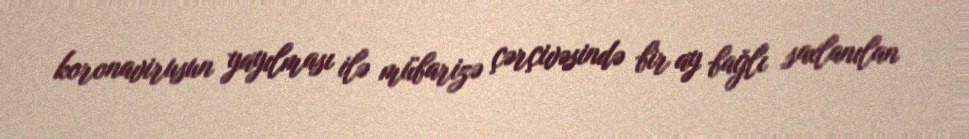
koronavirusun yayılması ilə mübarizə çərçivəsində bir ay bağlı saxlanılan